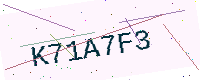
Text: K71A7F3